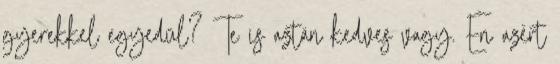
gyerekkel egyedül? Te is aztán kedves vagy. Èn azèrt